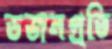
ডজনপ্রতি